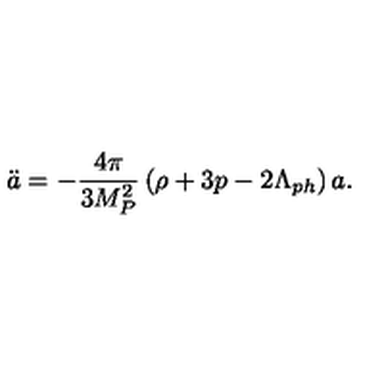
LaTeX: \ddot { a } = - \frac { 4 \pi } { 3 M _ { P } ^ { 2 } } \left( \rho + 3 p - 2 \Lambda _ { p h } \right) a .